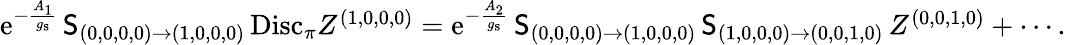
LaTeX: \begin{array}{r}{{\mathrm{e}}^{-\frac{A_{1}}{g_{\mathrm{s}}}}\, \mathsf{S}_{(0,0,0,0)\to(1,0,0,0)}\, \mathrm{Disc}_{\pi}Z^{(1,0,0,0)}={\mathrm{e}}^{-\frac{A_{2}}{g_{\mathrm{s}}}}\, \mathsf{S}_{(0,0,0,0)\to(1,0,0,0)}\, \mathsf{S}_{(1,0,0,0)\to(0,0,1,0)}\, Z^{(0,0,1,0)}+\cdots.}\end{array}